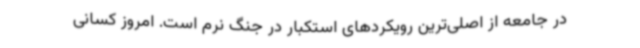
در جامعه از اصلی‌ترین رویکردهای استکبار در جنگ نرم است. امروز کسانی